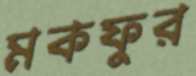
মকফুর